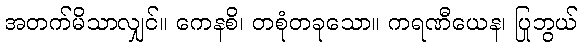
အတက်မိသာလျှင်။ ကေနစိ၊ တစုံတခုသော။ ကရဏီယေန၊ ပြုဘွယ်